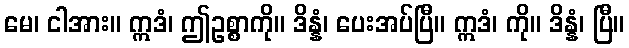
မေ၊ ငါအား။ ဣဒံ၊ ဤဥစ္စာကို။ ဒိန္နံ၊ ပေးအပ်ပြီ။ ဣဒံ၊ ကို။ ဒိန္နံ၊ ပြီ။